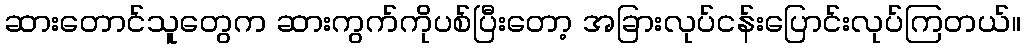
ဆားတောင်သူတွေက ဆားကွက်ကိုပစ်ပြီးတော့ အခြားလုပ်ငန်းပြောင်းလုပ်ကြတယ်။